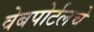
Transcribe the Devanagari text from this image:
वेबपोर्टलचे